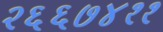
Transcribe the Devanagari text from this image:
२६६७४११